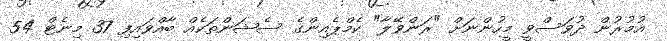
އުމުރުން ދުވަސްވީ މީހުންނަށް "ރަންވޭލާ" ކެމްޕެއިންގެ ސެޝަންތަކެއް ބާއްވައިފި 37 މިނެޓް 54